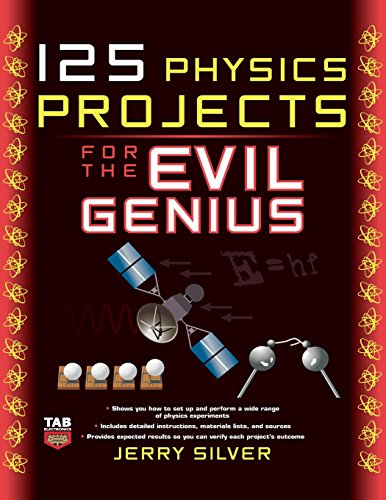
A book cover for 125 Physics Projects for the Evil Genius; Jerry Silver; Science & Math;